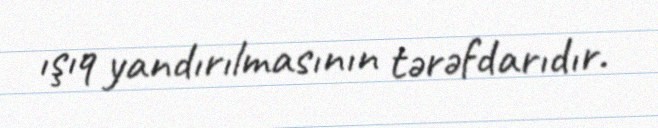
ışıq yandırılmasının tərəfdarıdır.